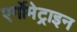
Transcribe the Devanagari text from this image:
एर्गोमेट्राइन